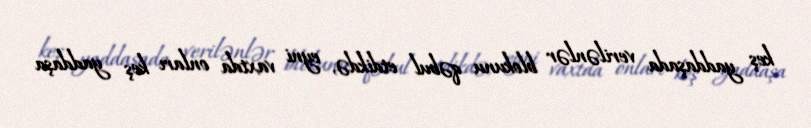
keş yaddaşada verilənlər blokunu qəbul etdikdə, eyni vaxtda onları keş yaddaşa